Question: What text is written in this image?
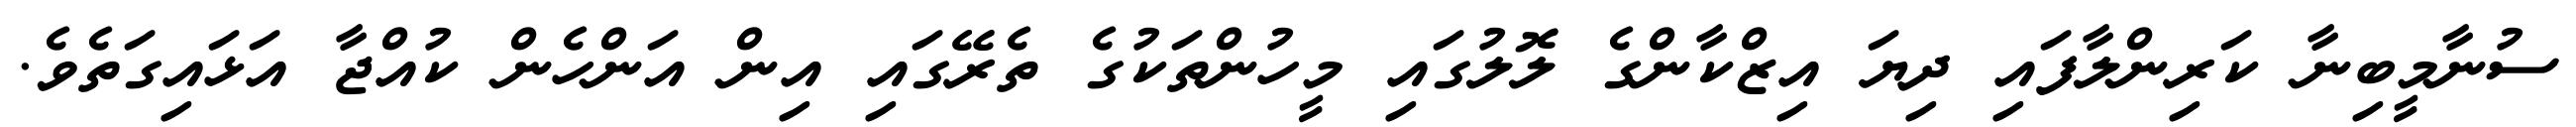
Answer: ސުނާމީބިނާ ކަރިންލާފައި ދިޔަ އިޒްކާންގެ ލޮލުގައި މީހުންތަކުގެ ތެރޭގައި އިން އަންހެން ކުއްޖާ އަޅައިގަތެވެ.